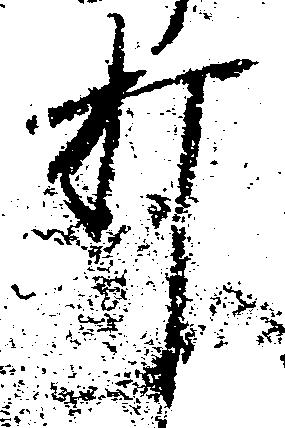
打